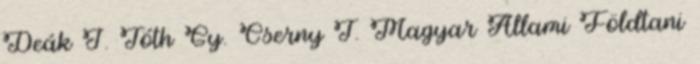
Deák J. Tóth Gy. Cserny T. Magyar Állami Földtani